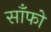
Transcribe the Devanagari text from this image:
साँफो